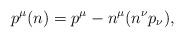
LaTeX: \begin{align*}p^\mu (n)=p^\mu -n^\mu (n^\nu p_\nu ), \end{align*}